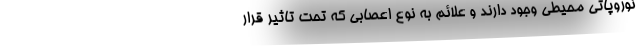
نوروپاتی محیطی وجود دارند و علائم به نوع اعصابی که تحت تاثیر قرار